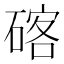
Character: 碦